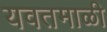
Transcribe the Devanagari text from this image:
यवतमाळी